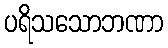
ပရိသသောဘဏာ